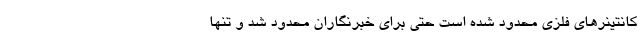
کانتینرهای فلزی محدود شده است حتی برای خبرنگاران محدود شد و تنها